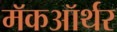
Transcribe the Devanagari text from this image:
मॅकऑर्थर